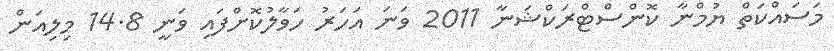
މަސައްކަތް ޔުމްނާ ކޮންސްޓްރަކްޝަނާ 2011 ވަނަ އަހަރު ހަވާލުކޮށްފައި ވަނީ 14.8 މިލިއަން